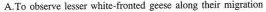
A.To observery lesser white-fronted geese along their migration .